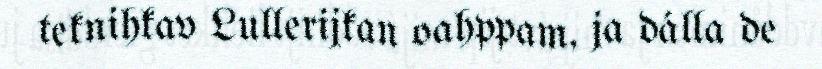
teknihkav Lullerijkan oahppam, ja dálla de